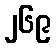
၂၆၉